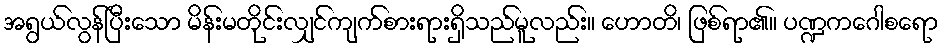
အရွယ်လွန်ပြီးသော မိန်းမတိုင်းလျှင်ကျက်စားရားရှိသည်မူလည်း။ ဟောတိ၊ ဖြစ်ရာ၏။ ပဏ္ဍကဂေါစရော